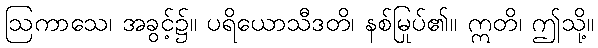
ဩကာသေ၊ အခွင့်၌။ ပရိယောသီဒတိ၊ နစ်မြုပ်၏။ ဣတိ၊ ဤသို့။